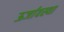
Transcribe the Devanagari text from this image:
ऊर्जावस्था